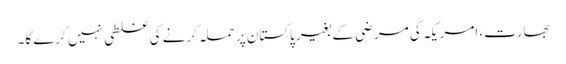
بھارت، امریکہ کی مرضی کے بغیر پاکستان پر حملہ کرنے کی غلطی نہیں کرے گا۔